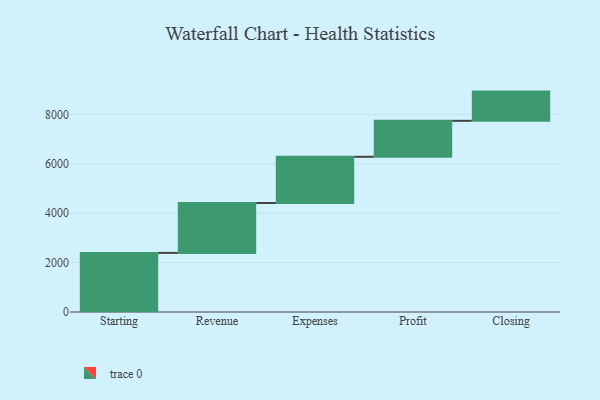
{"axis": {"x": "Step", "y": "Value"}, "legend": [""], "data": [{"x": "Starting", "y": 2392.0, "type": ""}, {"x": "Revenue", "y": 2019.0, "type": ""}, {"x": "Expenses", "y": 1871.0, "type": ""}, {"x": "Profit", "y": 1456.0, "type": ""}, {"x": "Closing", "y": 1182.0, "type": ""}]}